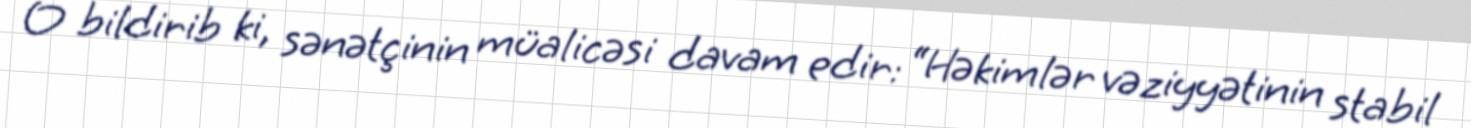
O bildirib ki, sənətçinin müalicəsi davam edir: “Həkimlər vəziyyətinin stabil